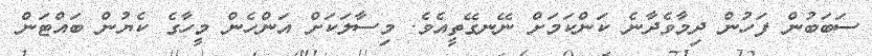
ސަބަބުން ފަހުން ދިމާވެދާނެ ކަންކަމަށް ނޭނގޭތީއެވެ. މިސާލަކަށް އަންހެން މީހާގެ ކެޔުން ބައްޓަން